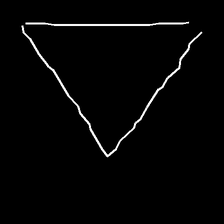
Glyph: convergence